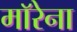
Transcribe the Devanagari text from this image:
माॅरेना